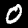
Label: 0